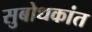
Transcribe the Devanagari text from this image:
सुबोधकांत